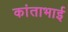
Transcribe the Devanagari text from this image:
कांताभाई